Vaccine operations Central Provinces 1868-1885 - 1868-1885
Year: 1868
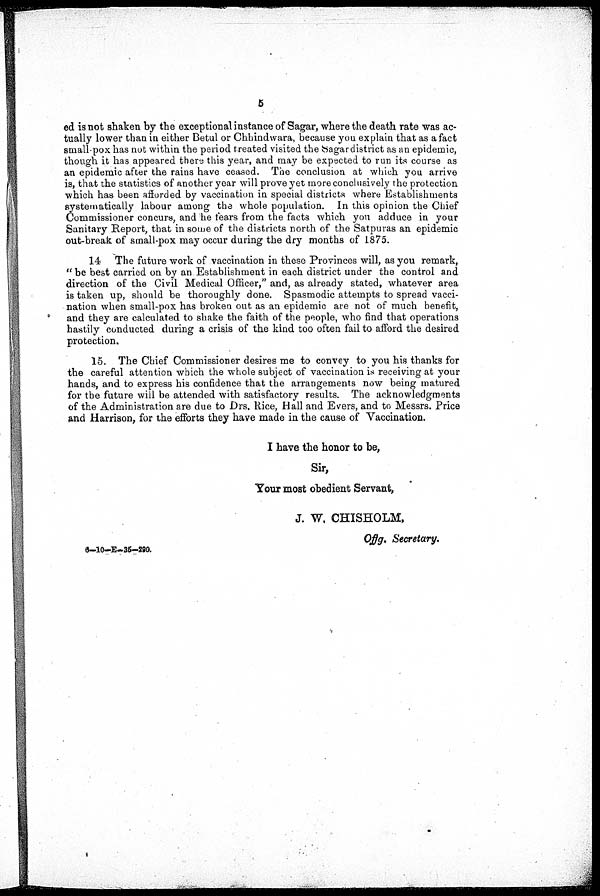
5
ed is not shaken by the exceptional instance of Sagar, where the death rate was ac-
tually lower than in either Betul or Chhindwara, because you explain that as a fact
small-pox has not within the period treated visited the Sagar district as an epidemic,
though it has appeared there this year, and may be expected to run its course as
an epidemic after the rains have ceased. The conclusion at which you arrive
is, that the statistics of another year will prove yet more conclusively the protection
which has been afforded by vaccination in special districts where Establishments
systematically labour among the whole population. In this opinion the Chief
Commissioner concurs, and he fears from the facts which you adduce in your
Sanitary Report, that in some of the districts north of the Satpuras an epidemic
out-break of small-pox may occur during the dry months of 1875.
14 The future work of vaccination in these Provinces will, as you remark,
" be best carried on by an Establishment in each district under the control and
direction of the Civil Medical Officer," and, as already stated, whatever area
is taken up, should be thoroughly done. Spasmodic attempts to spread vacci-
nation when small-pox has broken out as an epidemic are not of much benefit,
and they are calculated to shake the faith of the people, who find that operations
hastily conducted during a crisis of the kind too often fail to afford the desired
protection.
15. The Chief Commissioner desires me to convey to you his thanks for
the careful attention which the whole subject of vaccination is receiving at your
hands, and to express his confidence that the arrangements now being matured
for the future will be attended with satisfactory results. The acknowledgments
of the Administration are due to Drs. Rice, Hall and Evers, and to Messrs. Price
and Harrison, for the efforts they have made in the cause of Vaccination.
I have the honor to be,
Sir,
Your most obedient Servant,
J. W. CHISHOLM,
Offg. Secretary.
6-10-E-35-290.